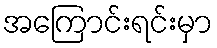
အကြောင်းရင်းမှာ